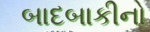
બાદબાકીનો